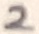
Text: 2